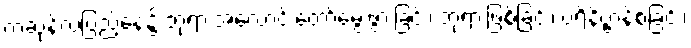
ကဆုန်လပြည့်နေ့၌ ဘုရားအလောင်းတော်မွေးဖွားခြင်း၊ ဘုရားဖြစ်ခြင်း၊ ပရိနိဗ္ဗာန်စံခြင်း၊